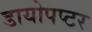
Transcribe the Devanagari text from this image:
डायोपप्टर